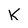
Character: K